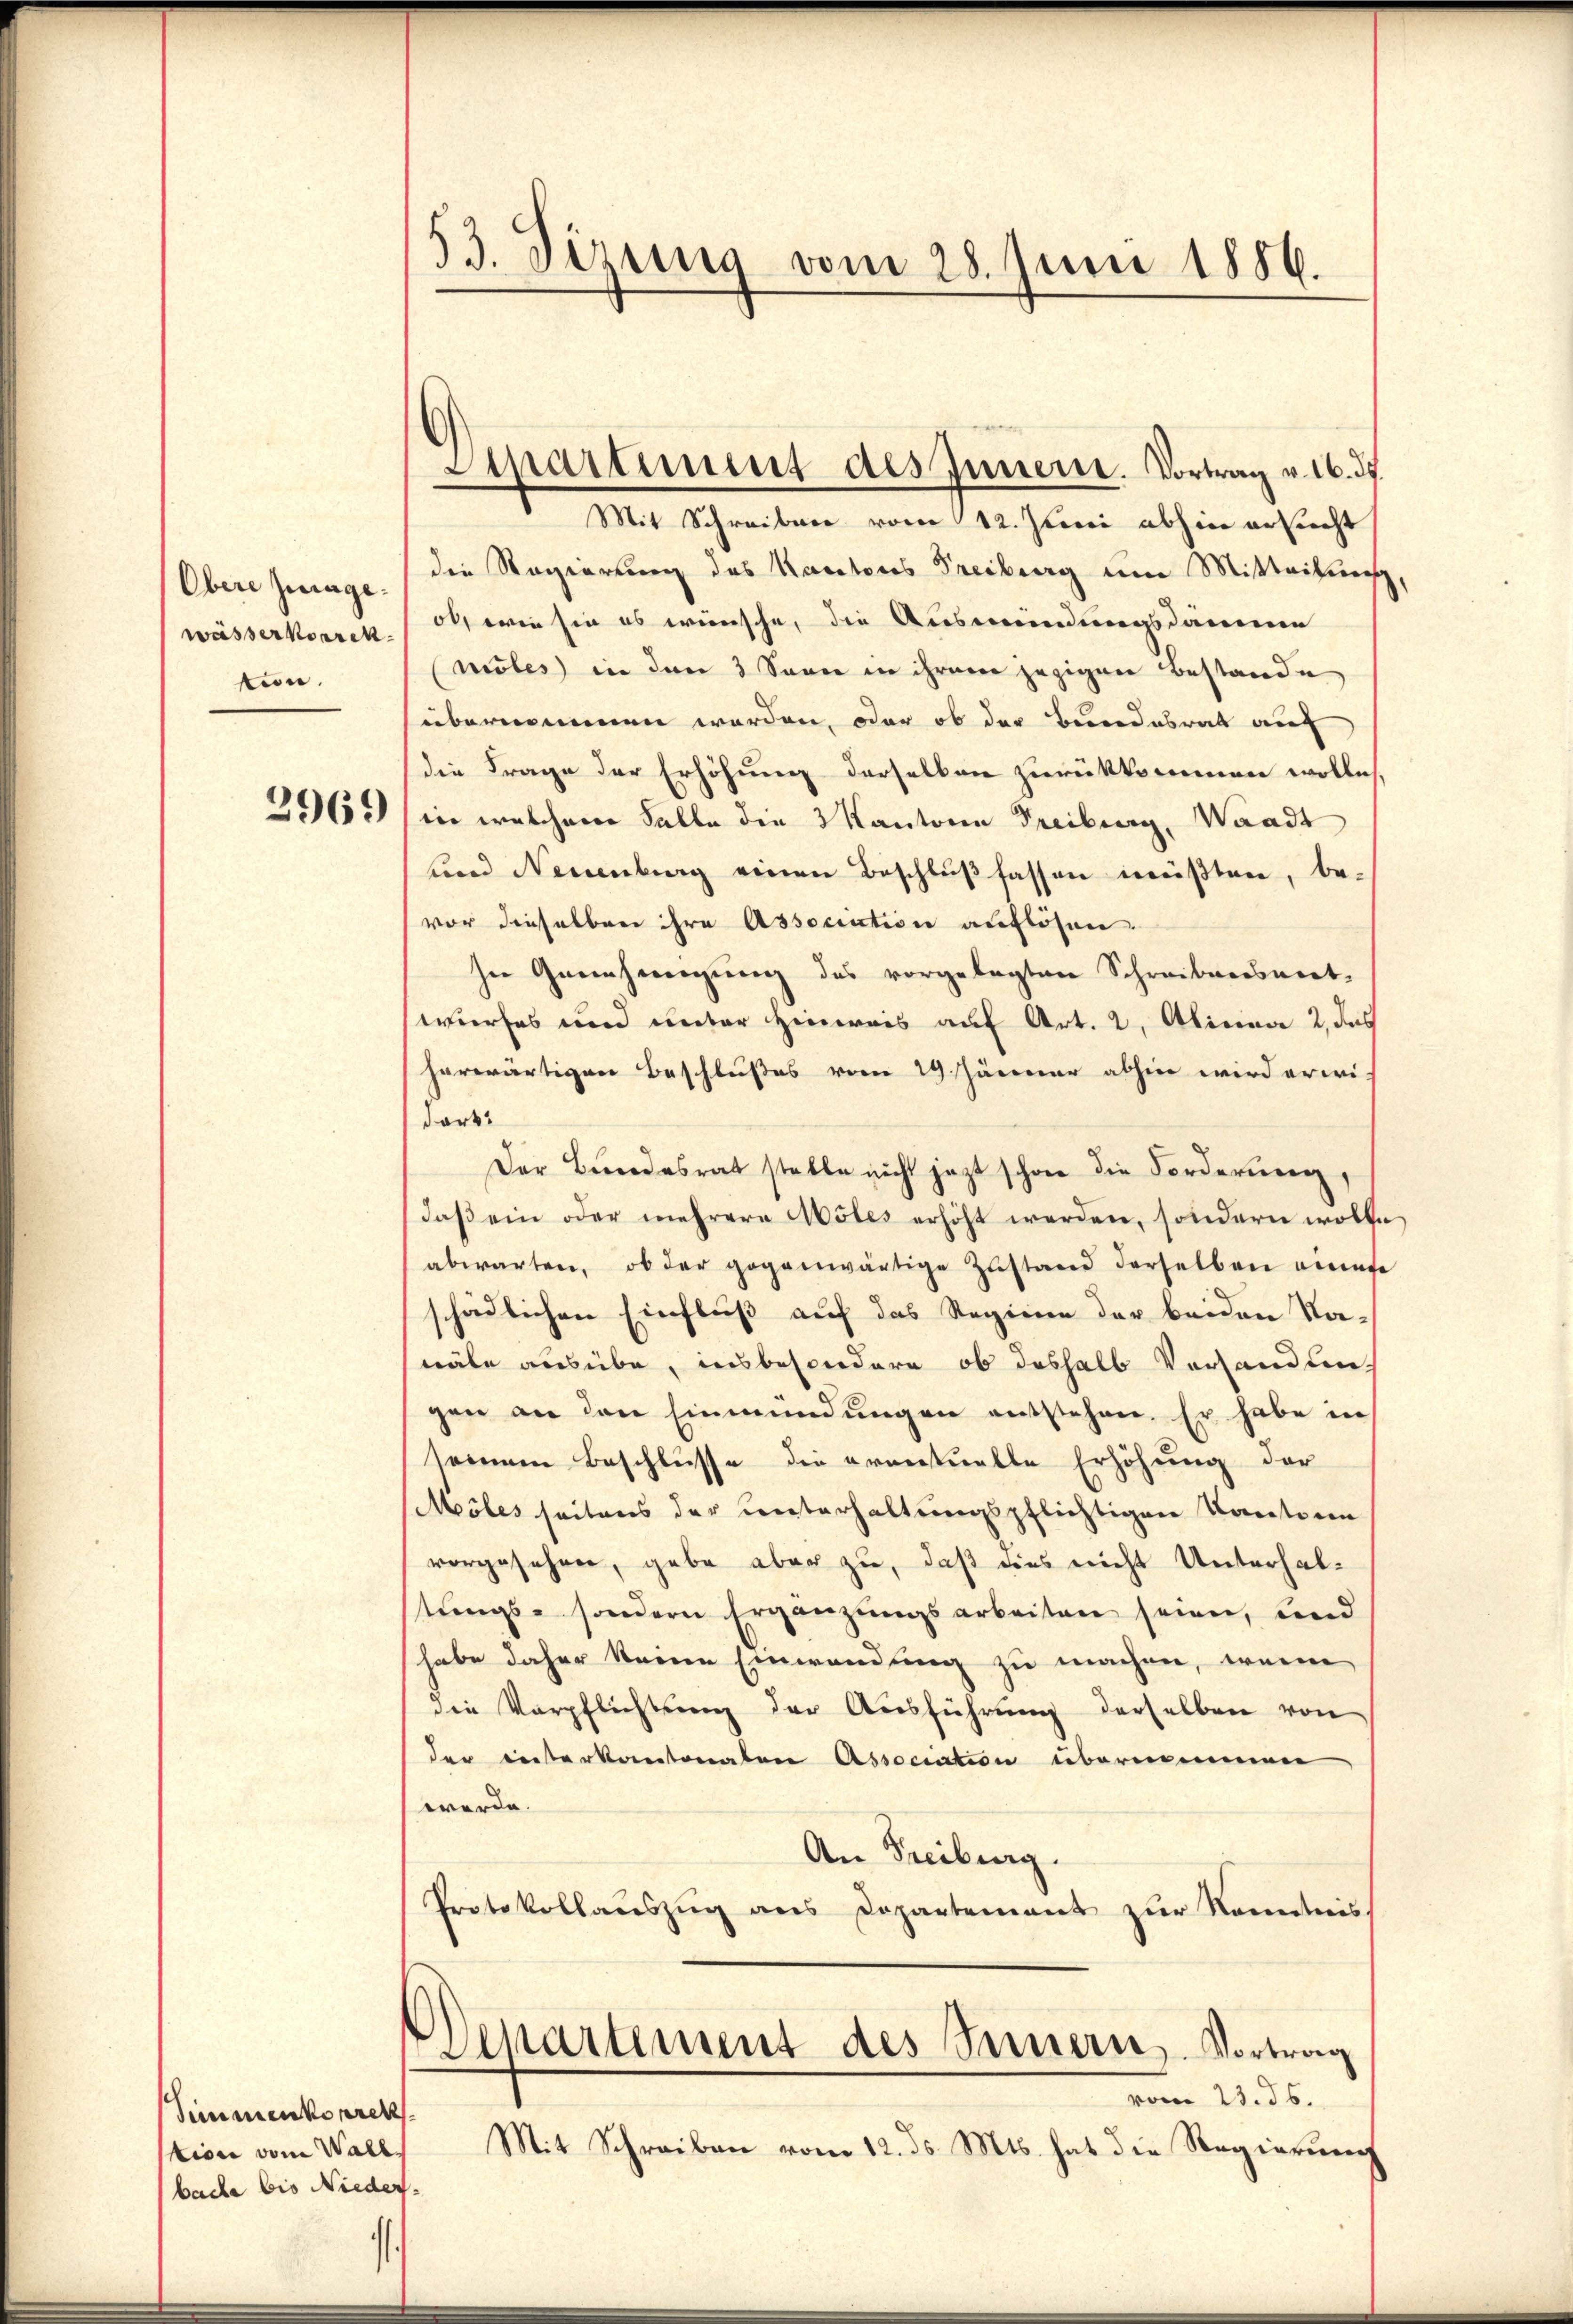
Obere Zulage.
wässerkorrek
tion.

2969

Simmenkorrek
tion vom Wall
bache bis Nieder.

53. Sirung vom 28. Juni 1886.

Sipartiment des Innert. Vortrag v. 16. ds.

Mit Schreiben vom 12. Juni abhin ersucht
die Regierung des Kantons Freiburg um Mitteilung
ob, wie sie es wünsche, die Ausmeindungsdammen
(nöles) in den 3 Sonne in ihrere jezigen Bestande
übernommen werden, oder ob der Bundesrat auf
die Frage der Erhöhung derselben zurückkommen wollich,
in welchem Falle die 2 Kantone Freiburg, Waadt
und Neuenburg einen Beschlußfassen müßten, bevor dieselben ihre Association auflösen.
ser Genehmigŭng des vorgelegten Schreibenswert-
wurfes und unter Hinweis auf Art. 2, Alinea 2, das
herwärtigen Beschlußes vom 19. Jänner abhin wird erwi
dark
Der Bundesrat stelle nicht jetzt schon die Forderung,
daβ ein oder mehrere Möles erhöht werden, sondern wolle
abwarten, ob der gegenwärtige Zustand derselben eines
schädlichen Einfluß auf das Regiere der beiden Na-
näle ausübe, insbesondere ob deshalb Vorhandlen,
gen an den Einmündungen entstehen. Er habe in
seinem Beschlüsse die eventuelle Erhöhung der
Möles seitens der unterhaltungspflichtigen Kantonen
vorgesehen, gabe aber zu, daß dies nicht Unterhaltungs- sondern Ergänzungsarbeiten seien, und
habe daher keine Einwendung zu machen, wenn
die Verpflichtung der Ausführung derselben von
der einterkantonalen Association übernennen
werde.
An Freiburg.
Protokollaŭszŭg ans Departement zur Kenntnis
Departement des Seinerses. Vortrag
vom 23. ds.
Mit Schreiben vom 12. ds. Mts. hat die Regierung